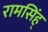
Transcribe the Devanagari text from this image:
रामसिंह्